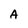
Character: A